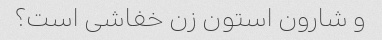
و شارون استون زن خفاشی است؟